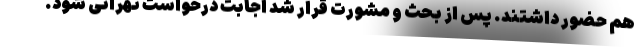
هم حضور داشتند. پس از بحث و مشورت قرار شد اجابت درخواست تهرانی شود.